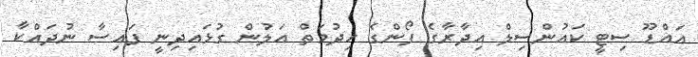
އައްޑޫ ސިޓީ ކައުންސިލް އިދާރާގެ ފޯންގެ ހިދުމަތް އަލުން ގުޅައިދިނީ ފައިސާ ނުދައްކާ